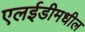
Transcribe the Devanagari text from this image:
एलईडीमधील